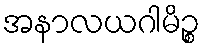
အနာလယဂါမိဉ္စ